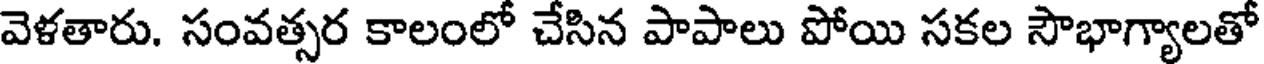
వెళతారు. సంవత్సర కాలంలో చేసిన పాపాలు పోయి సకల సౌభాగ్యాలతో